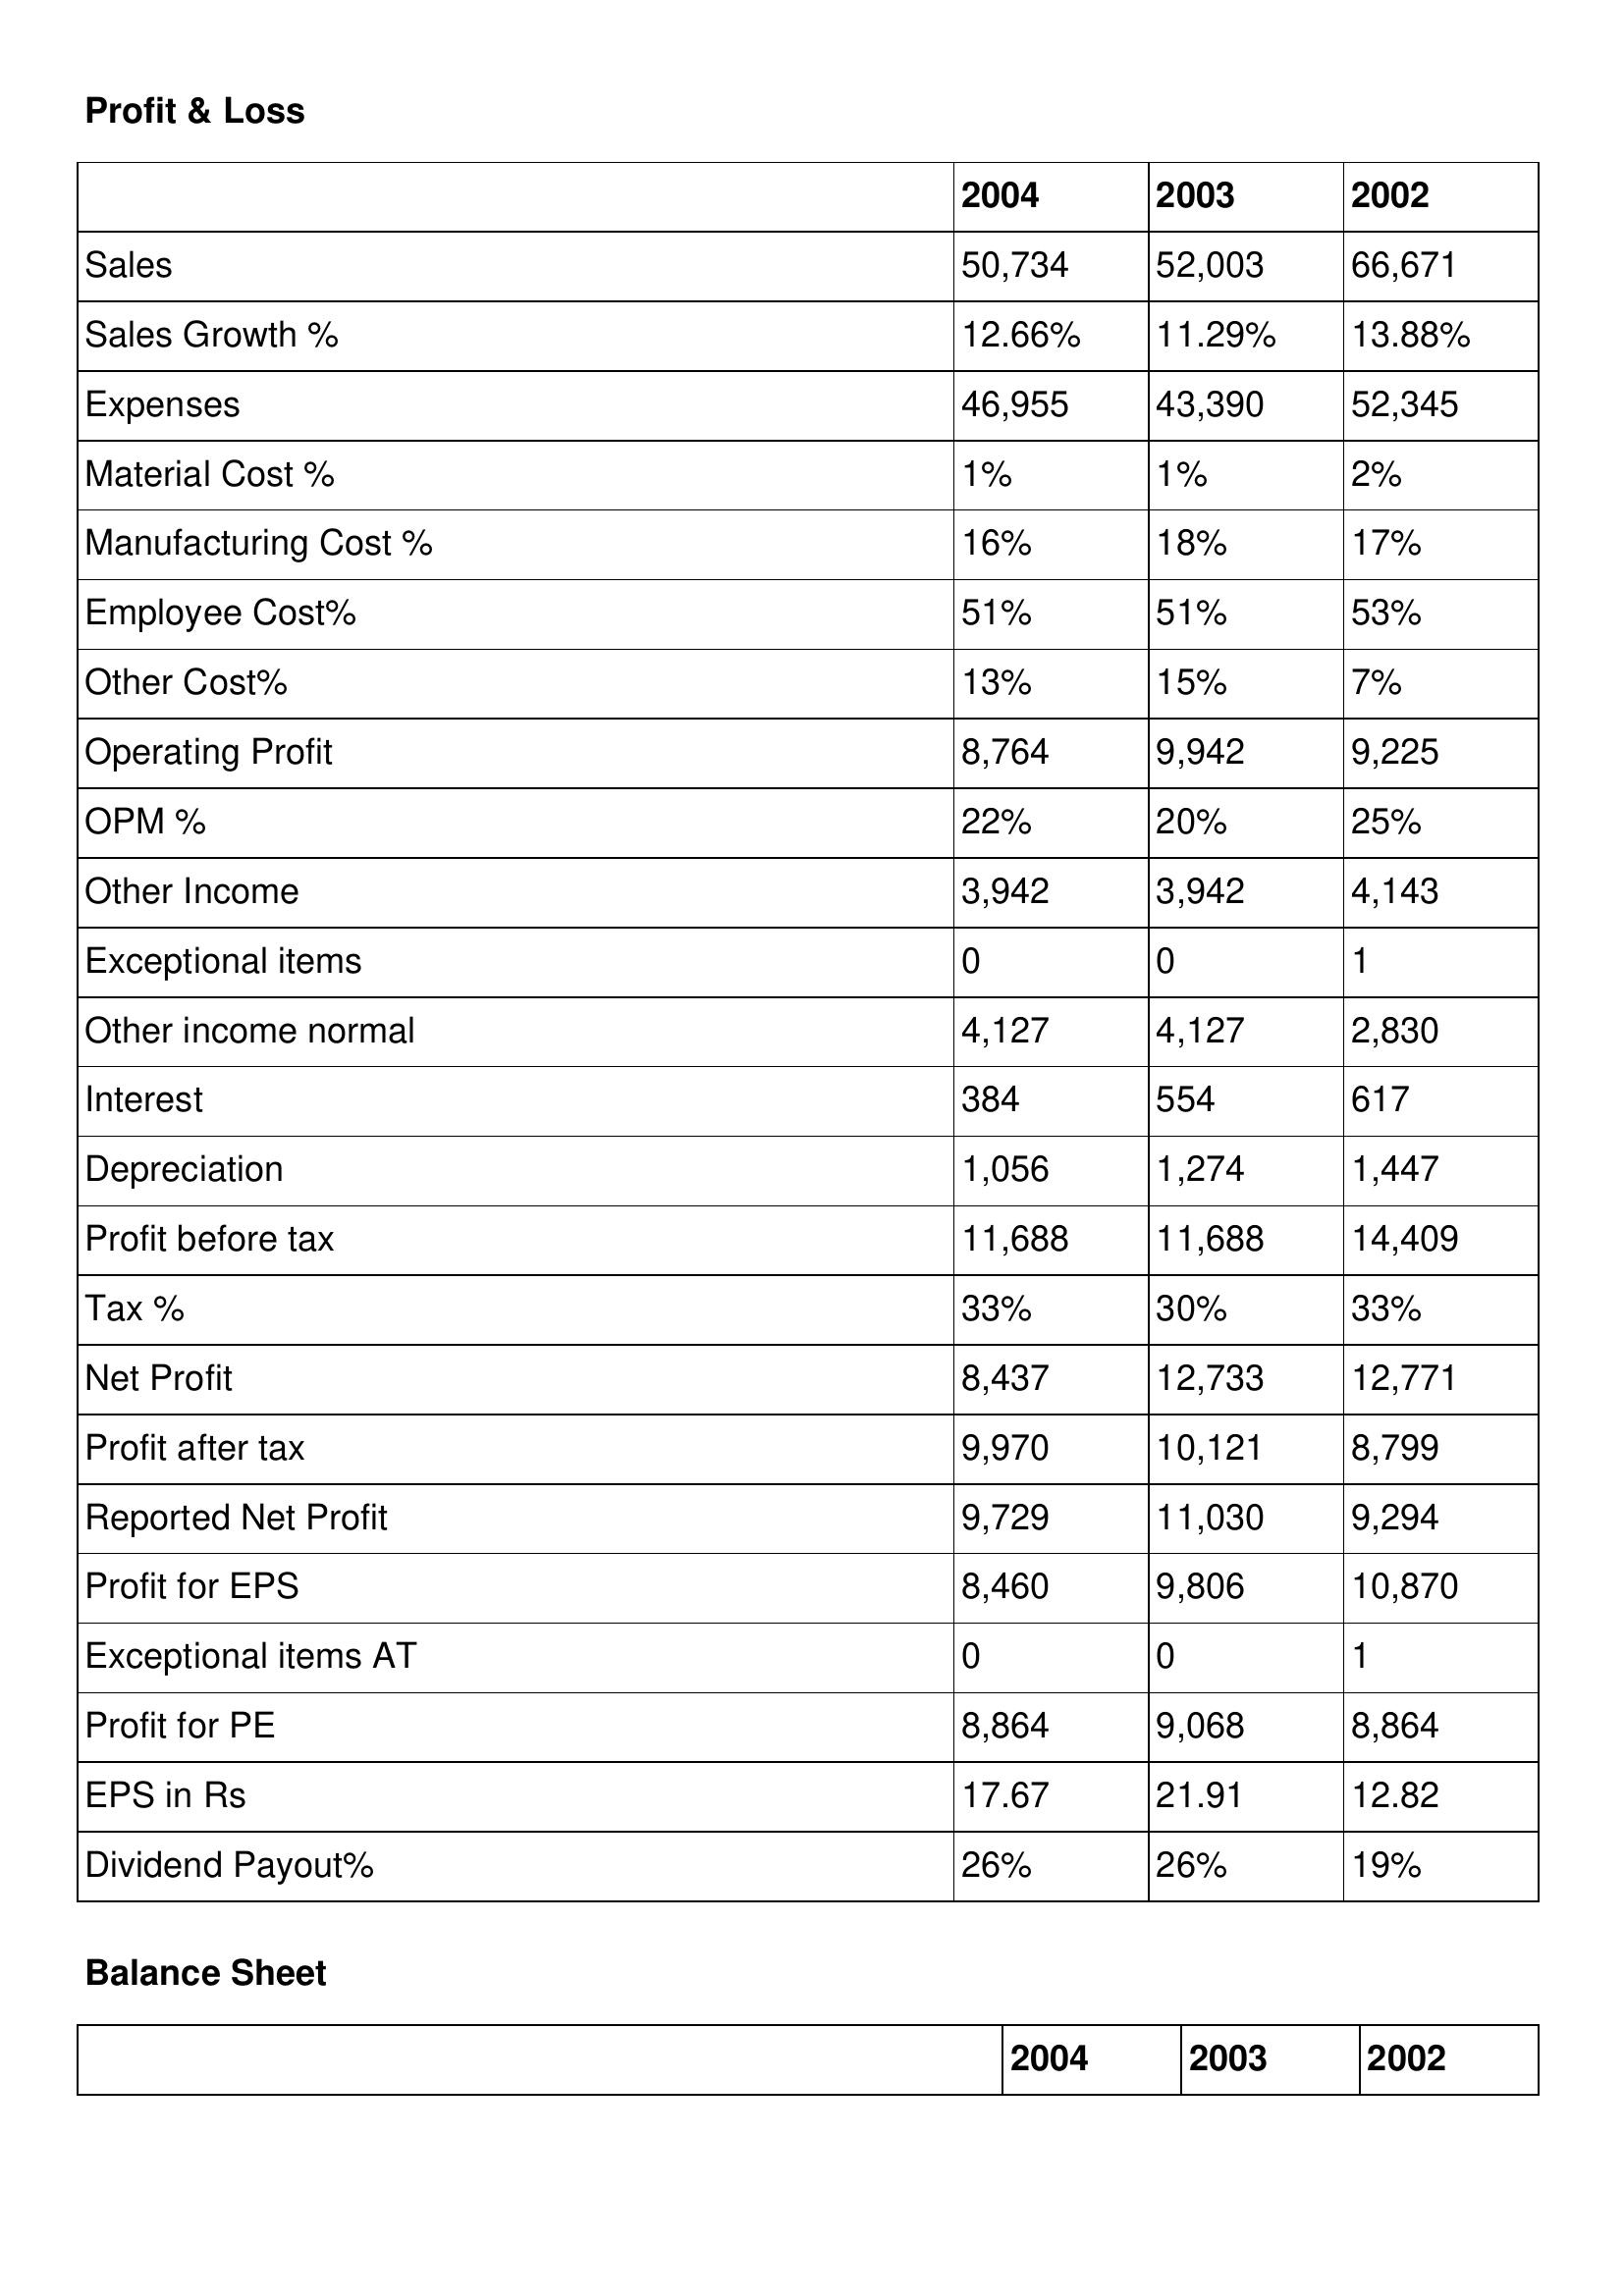
gt_parse: 2004: Profit & Loss: Sales: 50,734
Sales Growth %: 12.66%
Expenses: 46,955
Material Cost %: 1%
Manufacturing Cost %: 16%
Employee Cost%: 51%
Other Cost%: 13%
Operating Profit: 8,764
OPM %: 22%
Other Income: 3,942
Exceptional items: 0
Other income normal: 4,127
Interest: 384
Depreciation: 1,056
Profit before tax: 11,688
Tax %: 33%
Net Profit: 8,437
Profit after tax: 9,970
Reported Net Profit: 9,729
Profit for EPS: 8,460
Exceptional items AT: 0
Profit for PE: 8,864
EPS in Rs: 17.67
Dividend Payout%: 26%
2003: Profit & Loss: Sales: 52,003
Sales Growth %: 11.29%
Expenses: 43,390
Material Cost %: 1%
Manufacturing Cost %: 18%
Employee Cost%: 51%
Other Cost%: 15%
Operating Profit: 9,942
OPM %: 20%
Other Income: 3,942
Exceptional items: 0
Other income normal: 4,127
Interest: 554
Depreciation: 1,274
Profit before tax: 11,688
Tax %: 30%
Net Profit: 12,733
Profit after tax: 10,121
Reported Net Profit: 11,030
Profit for EPS: 9,806
Exceptional items AT: 0
Profit for PE: 9,068
EPS in Rs: 21.91
Dividend Payout%: 26%
2002: Profit & Loss: Sales: 66,671
Sales Growth %: 13.88%
Expenses: 52,345
Material Cost %: 2%
Manufacturing Cost %: 17%
Employee Cost%: 53%
Other Cost%: 7%
Operating Profit: 9,225
OPM %: 25%
Other Income: 4,143
Exceptional items: 1
Other income normal: 2,830
Interest: 617
Depreciation: 1,447
Profit before tax: 14,409
Tax %: 33%
Net Profit: 12,771
Profit after tax: 8,799
Reported Net Profit: 9,294
Profit for EPS: 10,870
Exceptional items AT: 1
Profit for PE: 8,864
EPS in Rs: 12.82
Dividend Payout%: 19%